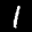
Label: 1